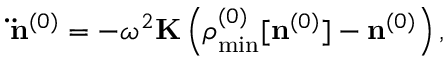
{ \bf \ddot { n } } ^ { ( 0 ) } = - \omega ^ { 2 } { \bf K } \left( { \boldsymbol \rho } _ { \mathrm { m i n } } ^ { ( 0 ) } [ { \bf n } ^ { ( 0 ) } ] - { \bf n } ^ { ( 0 ) } \right) ,